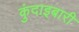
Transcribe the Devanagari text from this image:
कुंदाइबारी